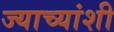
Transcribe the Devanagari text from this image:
ज्याच्यांशी